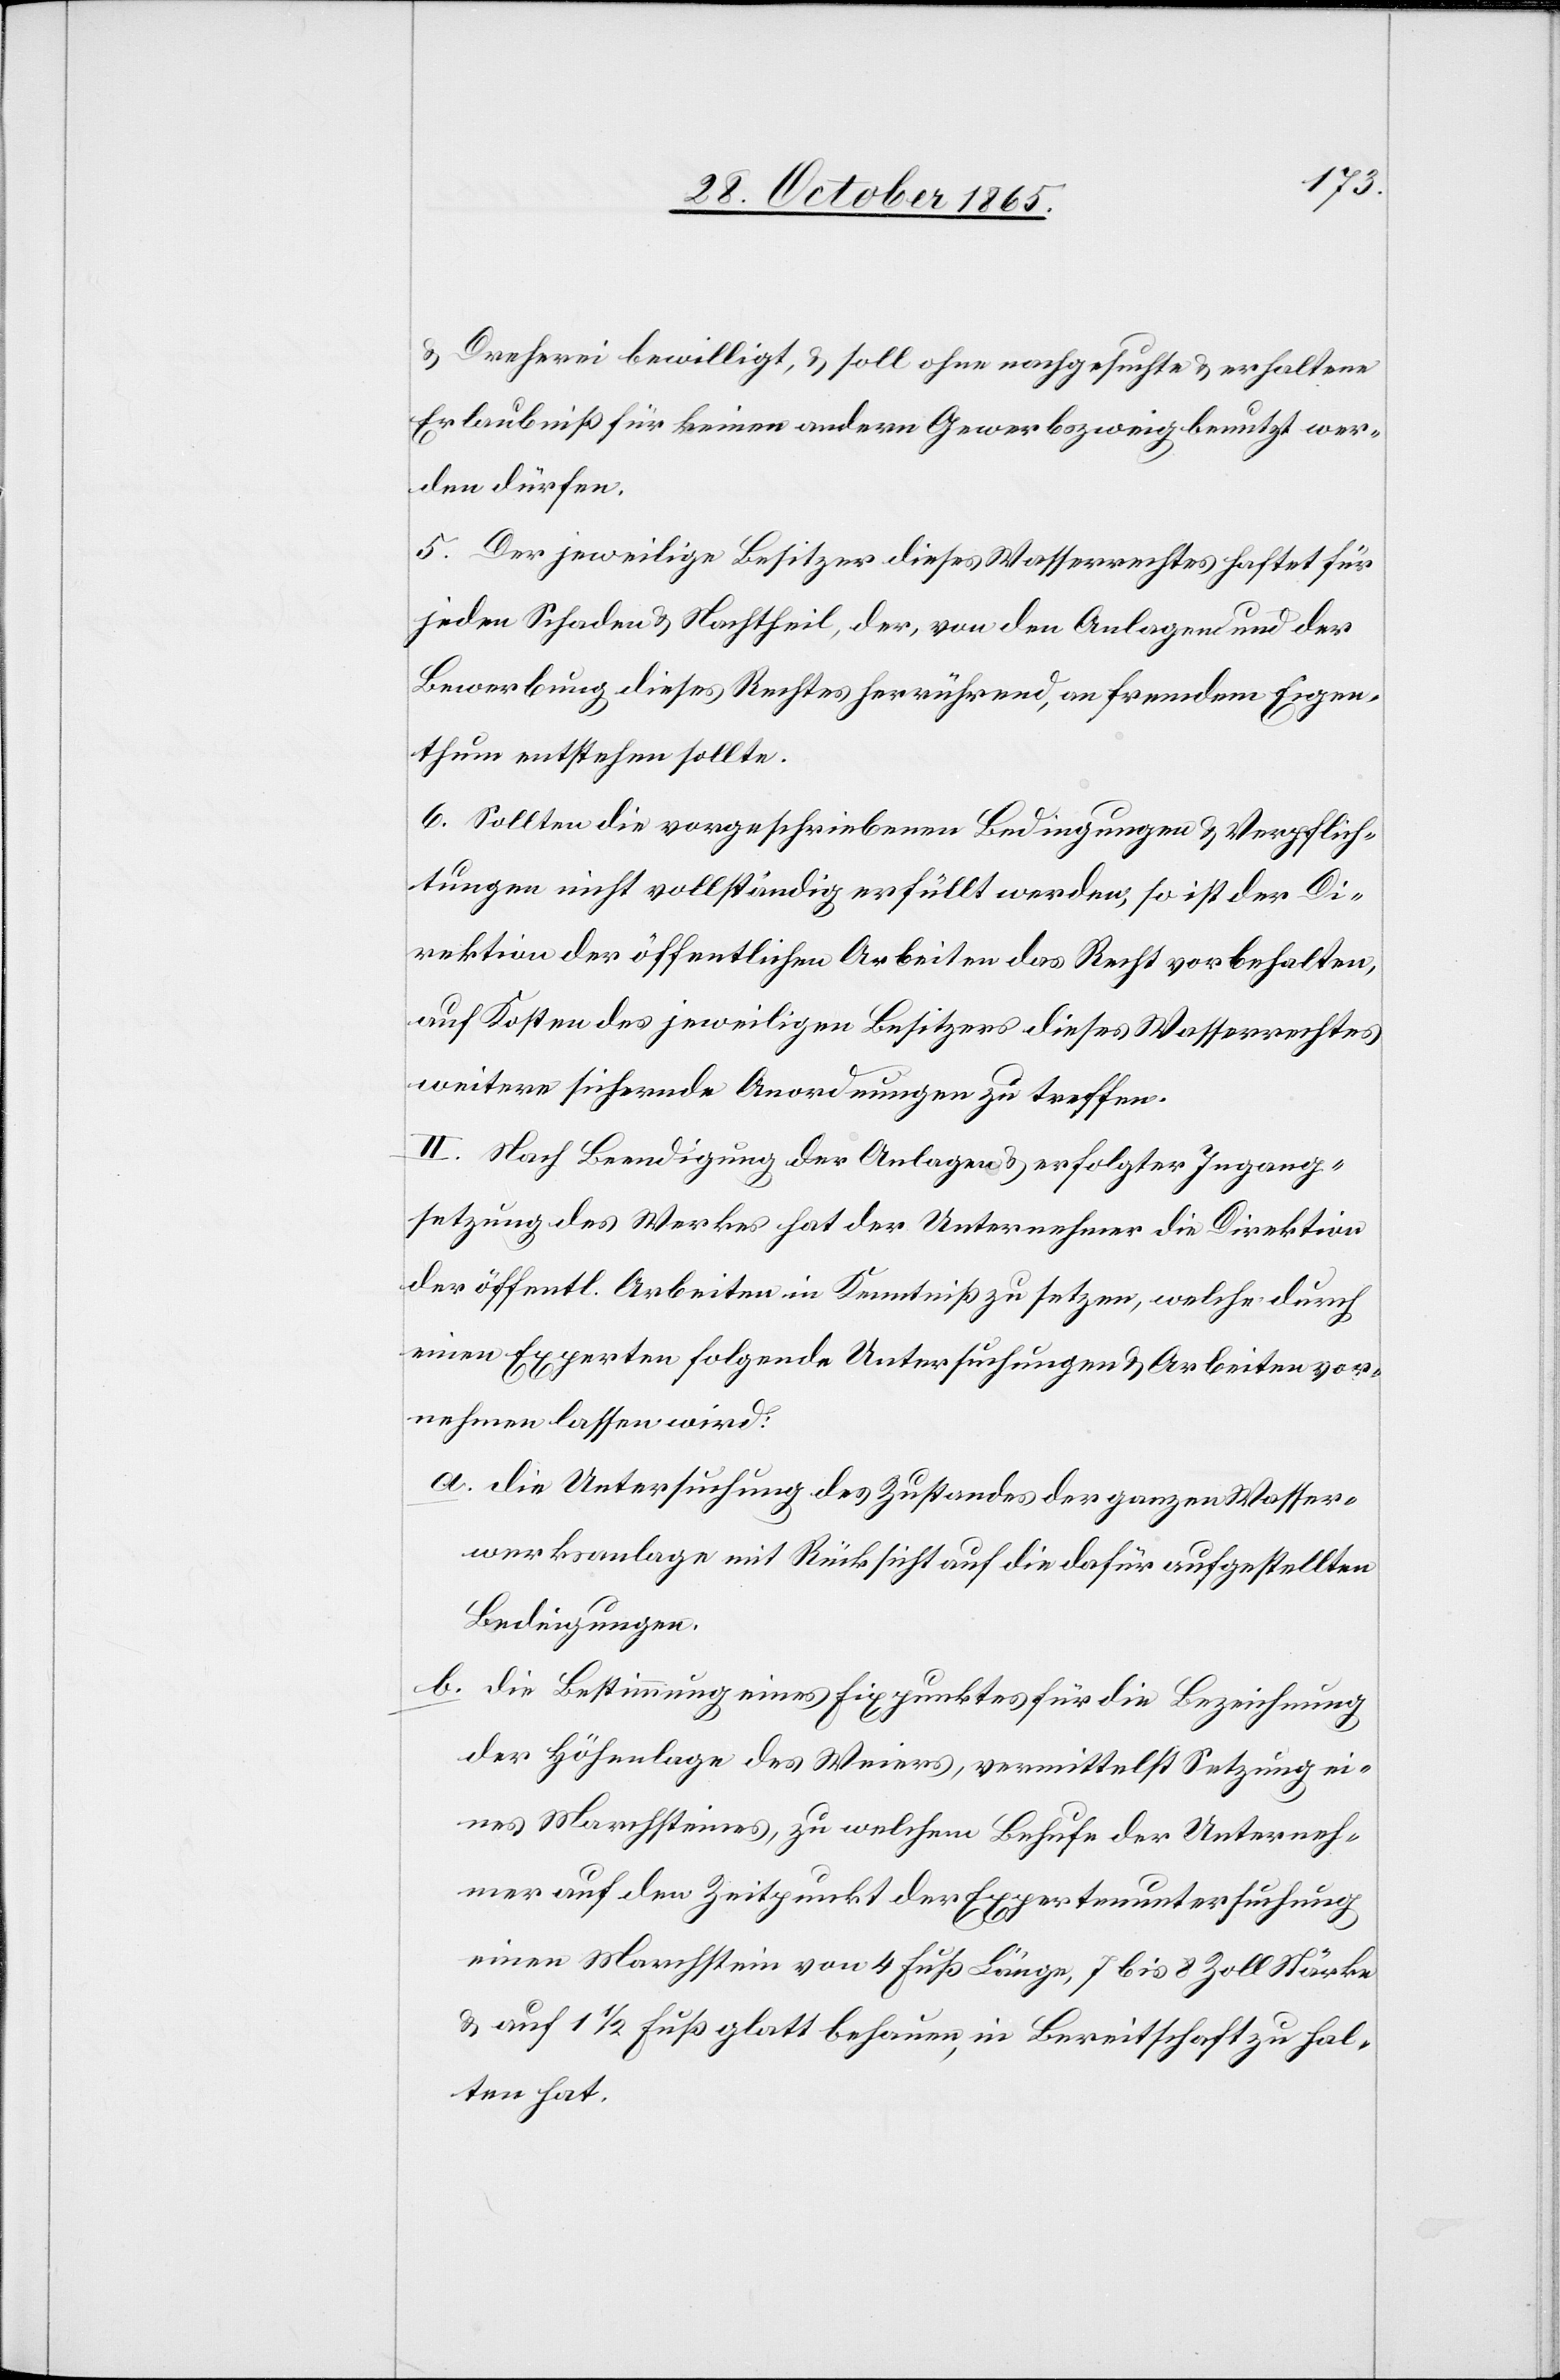
& Dreherei bewilligt, & soll ohne nachgesuchte & erhaltene
Erlaubniß für keinen andern Gewerbszweig benutzt wer¬
den dürfen.
5. Der jeweilige Besitzer dieses Wasserrechtes haftet für
jeden Schaden & Nachtheil, der, von den Anlagen und der
Bewerbung dieses Rechtes herrührend, an fremdem Eigen¬
thum entstehen sollte.
6. Sollten die vorgeschriebenen Bedingungen & Verpflich¬
tungen nicht vollständig erfüllt werden, so ist der Di¬
rektion der öffentlichen Arbeiten das Recht vorbehalten,
auf Kosten des jeweiligen Besitzers dieses Wasserrechtes
weitere sichernde Anordnungen zu treffen.
II. Nach Beendigung der Anlagen & erfolgter Ingang¬
setzung des Werkes hat der Unternehmer die Direktion
der öffentl. Arbeiten in Kenntniß zu setzen, welche durch
einen Experten folgende Untersuchungen & Arbeiten vor¬
nehmen lassen wird:
a. Die Untersuchung des Zustandes der ganzen Wasser¬
werksanlage mit Rücksicht auf die dafür aufgestellten
Bedingungen.
b. Die Bestimmung eines Fixpunktes für die Bezeichnung
der Höhenlage des Weiers, vermittelst Setzung ei¬
nes Marchsteines, zu welchem Behufe der Unterneh¬
mer auf den Zeitpunkt der Expertenuntersuchung
einen Marchstein von 4 Fuß Länge, 7 bis 8 Zoll Stärke
& auf 1 1/2 Fuß glatt behauen, in Bereitschaft zu hal¬
ten hat.